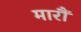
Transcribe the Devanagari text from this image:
मारौं